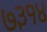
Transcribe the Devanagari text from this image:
७३१४